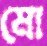
মো